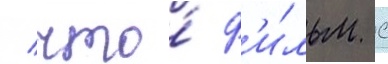
/ что́ ф'и́льм с